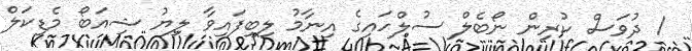
1 ދުވަަސް ކުރިން ނޯބެލް ސުލްހައިގެ އިނާމު ލިބިފައިވާ ލިޔު ޝިއަބޯ މެޑިކަލް